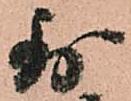
則